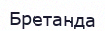
Бретанда